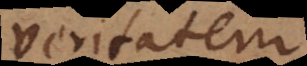
veritatem